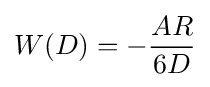
W(D)=-{\frac {AR}{6D}}